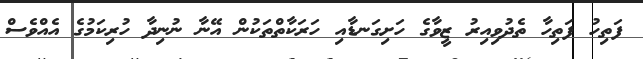
ފަތިހު ފަތިހާ ތެދުވިއިރު ޒީވާގެ ހަށިގަނޑާއި ހަރަކާތްތަކުން އޭނާ ނުނިދާ ހުރިކަމުގެ އެއްވެސް